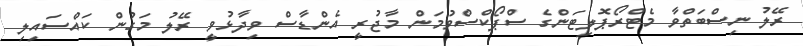
ރޭލު ނިސްބަތްވާ މެޓްރޯޕޮލިޓަންގެ ސްޕޯކްސްވުމަން މާޖުރީ އެންޑާސް ވިދާޅުވީ ރޭލު މަގުން ކައްސައިލި